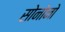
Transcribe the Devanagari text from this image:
सोनोनो